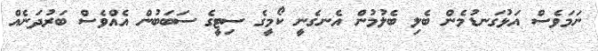
ނަމަވެސް އަޅުގަނޑުމެން ބެލި ބެލުމުން އެނގެނީ ކޯމީގެ ސިޓީގެ ސަބަބުން އެއްވެސް ބަރުދަނެއް